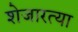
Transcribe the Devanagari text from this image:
शेजारत्या